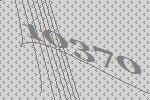
10370